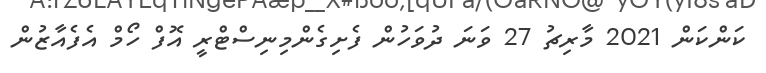
ކަންކަން 2021 މާރިޗު 27 ވަނަ ދުވަހުން ފެށިގެންމިނިސްޓްރީ އޮފް ހޯމް އެފެއާޒުން